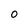
Character: O